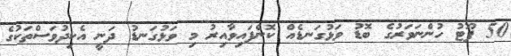
50 ފޫޓު ހުންނަވަރުގެ ބޮޑު ވަޅުގަނޑެއް ކޮނެފައިވާއިރު މި ވަޅުގަނޑު ދަނީ އެކިދުވަސްތަކުގެ